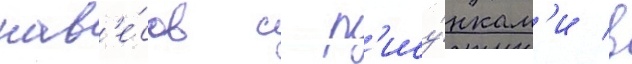
нав'е́сов с р'ису́нкам'и в